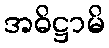
အဓိဋ္ဌာမိ